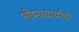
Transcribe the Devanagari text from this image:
भीष्माचार्याची